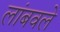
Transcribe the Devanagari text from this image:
लांबवले